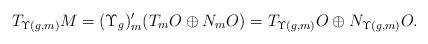
LaTeX: \begin{align*}T_{\Upsilon(g,m)}M = (\Upsilon_g)'_m (T_mO \oplus N_mO) = T_{\Upsilon(g,m)}O \oplus N_{\Upsilon(g,m)}O.\end{align*}